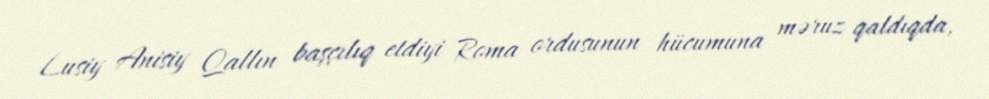
Lusiy Anisiy Qallın başçılıq etdiyi Roma ordusunun hücumuna məruz qaldıqda,